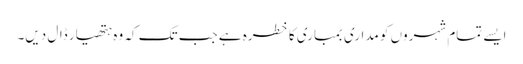
ایسے تمام شہروں کو مداری بمباری کا خطرہ ہے جب تک کہ وہ ہتھیار ڈال دیں۔